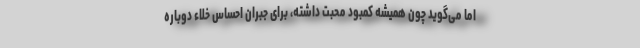
اما می‌گوید چون همیشه کمبود محبت داشته، برای جبران احساس خلاء دوباره